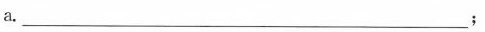
a.___；